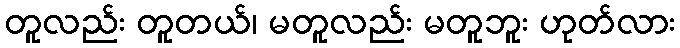
တူလည်း တူတယ်၊ မတူလည်း မတူဘူး ဟုတ်လား